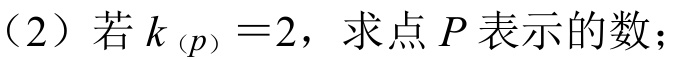
（2）若 \(k_{(p)} = 2\)，求点 \(P\) 表示的数；